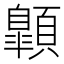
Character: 𩕍